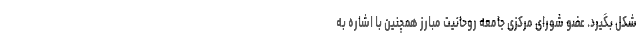
شکل بگیرد. عضو شورای مرکزی جامعه روحانیت مبارز همچنین با اشاره به